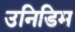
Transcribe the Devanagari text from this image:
उनिडिम